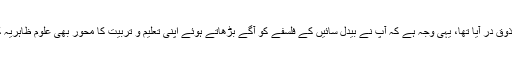
آپ کی طبیعت میں بھی بیدلؒ سائیں کا ذوق در آیا تھا، یہی وجہ ہے کہ آپ نے بیدلؒ سائیں کے فلسفے کو آگے بڑھاتے ہوئے اپنی تعلیم و تربیت کا محور بھی علوم ظاہریہ کے بہ جائے علومِ باطنیہ کو بنا لیا تھا۔